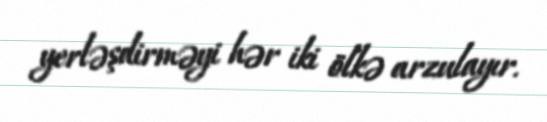
yerləşdirməyi hər iki ölkə arzulayır.